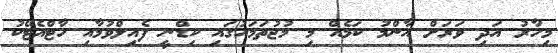
މިހާރު އަދި ވަރަށް އާންމު ކަމެއް މި މުޖުތަމައުގައި ކިޑްނީ ފެއިލްވުމާއި ހާޓްއެޓޭކު